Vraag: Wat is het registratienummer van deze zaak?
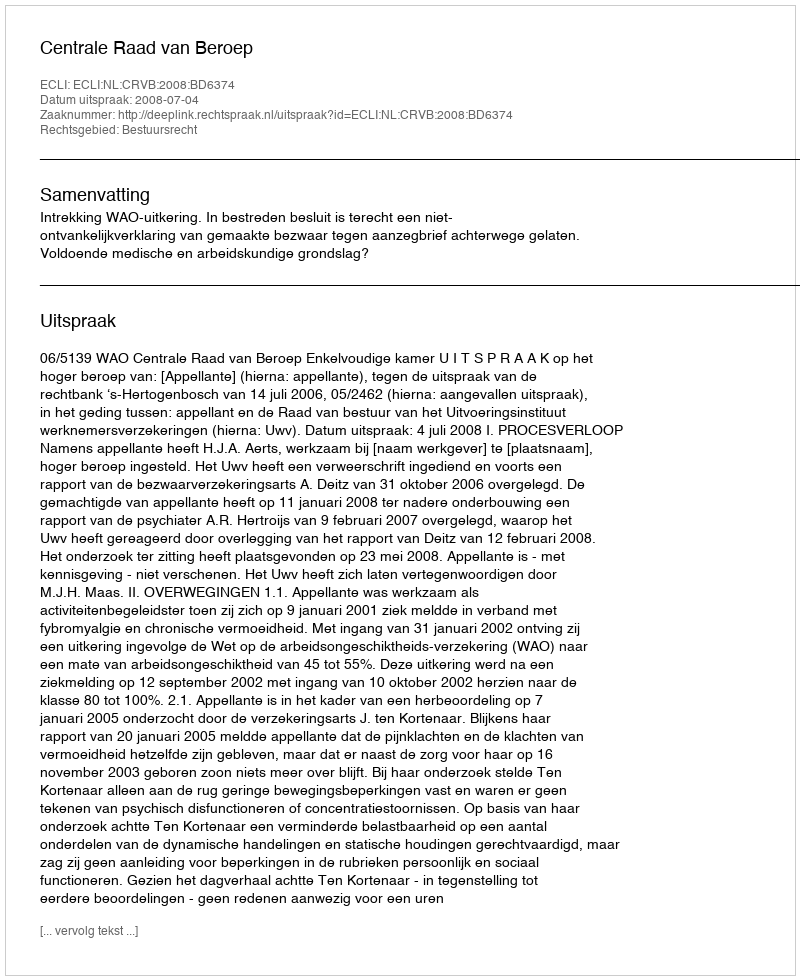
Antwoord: http://deeplink.rechtspraak.nl/uitspraak?id=ECLI:NL:CRVB:2008:BD6374